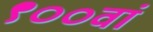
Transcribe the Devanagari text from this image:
९००वां